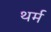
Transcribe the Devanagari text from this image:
थर्म